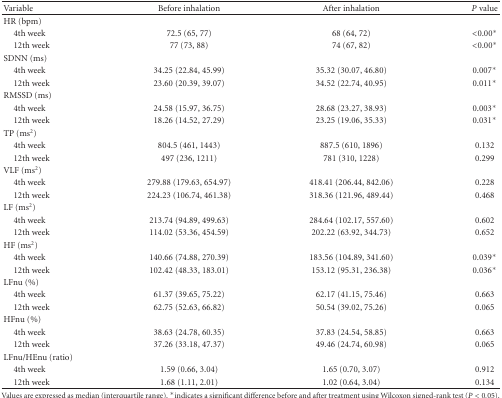
<table><thead><tr><td><b>Variable</b></td><td><b>Before inhalation</b></td><td><b>After inhalation</b></td><td><b><i>P</i> value</b></td></tr></thead><tbody><tr><td>HR (bpm)</td><td></td><td></td><td></td></tr><tr><td> 4th week</td><td>72.5 (65, 77)</td><td>68 (64, 72)</td><td>&lt;0.00*</td></tr><tr><td> 12th week</td><td>77 (73, 88)</td><td>74 (67, 82)</td><td>&lt;0.00*</td></tr><tr><td>SDNN (ms)</td><td></td><td></td><td></td></tr><tr><td> 4th week</td><td>34.25 (22.84, 45.99)</td><td>35.32 (30.07, 46.80)</td><td>0.007*</td></tr><tr><td> 12th week</td><td>23.60 (20.39, 39.07)</td><td>34.52 (22.74, 40.95)</td><td>0.011*</td></tr><tr><td>RMSSD (ms)</td><td></td><td></td><td></td></tr><tr><td> 4th week</td><td>24.58 (15.97, 36.75)</td><td>28.68 (23.27, 38.93)</td><td>0.003*</td></tr><tr><td> 12th week</td><td>18.26 (14.52, 27.29)</td><td>23.25 (19.06, 35.33)</td><td>0.031*</td></tr><tr><td>TP (ms<sup>2</sup>)</td><td></td><td></td><td></td></tr><tr><td> 4th week</td><td>804.5 (461, 1443)</td><td>887.5 (610, 1896)</td><td>0.132</td></tr><tr><td> 12th week</td><td>497 (236, 1211)</td><td>781 (310, 1228)</td><td>0.299</td></tr><tr><td>VLF (ms<sup>2</sup>)</td><td></td><td></td><td></td></tr><tr><td> 4th week</td><td>279.88 (179.63, 654.97)</td><td>418.41 (206.44, 842.06)</td><td>0.228</td></tr><tr><td> 12th week</td><td>224.23 (106.74, 461.38)</td><td>318.36 (121.96, 489.44)</td><td>0.468</td></tr><tr><td>LF (ms<sup>2</sup>)</td><td></td><td></td><td></td></tr><tr><td> 4th week</td><td>213.74 (94.89, 499.63)</td><td>284.64 (102.17, 557.60)</td><td>0.602</td></tr><tr><td> 12th week</td><td>114.02 (53.36, 454.59)</td><td>202.22 (63.92, 344.73)</td><td>0.652</td></tr><tr><td>HF (ms<sup>2</sup>)</td><td></td><td></td><td></td></tr><tr><td> 4th week</td><td>140.66 (74.88, 270.39)</td><td>183.56 (104.89, 341.60)</td><td>0.039*</td></tr><tr><td> 12th week</td><td>102.42 (48.33, 183.01)</td><td>153.12 (95.31, 236.38)</td><td>0.036*</td></tr><tr><td>LFnu (%)</td><td></td><td></td><td></td></tr><tr><td> 4th week</td><td>61.37 (39.65, 75.22)</td><td>62.17 (41.15, 75.46)</td><td>0.663</td></tr><tr><td> 12th week</td><td>62.75 (52.63, 66.82)</td><td>50.54 (39.02, 75.26)</td><td>0.065</td></tr><tr><td>HFnu (%)</td><td></td><td></td><td></td></tr><tr><td> 4th week</td><td>38.63 (24.78, 60.35)</td><td>37.83 (24.54, 58.85)</td><td>0.663</td></tr><tr><td> 12th week</td><td>37.26 (33.18, 47.37)</td><td>49.46 (24.74, 60.98)</td><td>0.065</td></tr><tr><td>LFnu/HEnu (ratio)</td><td></td><td></td><td></td></tr><tr><td> 4th week</td><td>1.59 (0.66, 3.04)</td><td>1.65 (0.70, 3.07)</td><td>0.912</td></tr><tr><td> 12th week</td><td>1.68 (1.11, 2.01)</td><td>1.02 (0.64, 3.04)</td><td>0.134</td></tr></tbody></table>